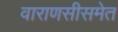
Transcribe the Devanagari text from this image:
वाराणसीसमेत